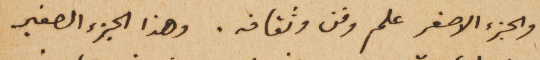
والجزء الاصغر علم وفن وثقافه. وهذا الجزء الصغير